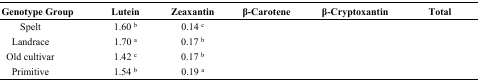
<table><thead><tr><td><b>Genotype Group</b></td><td><b>Lutein</b></td><td><b>Zeaxantin</b></td><td><b>β-Carotene</b></td><td><b>β-Cryptoxantin</b></td><td><b>Total</b></td></tr></thead><tbody><tr><td>Spelt</td><td>1.60 <sup>b</sup></td><td>0.14 <sup>c</sup></td><td>[EMPTY_CELL]</td><td>[EMPTY_CELL]</td><td>[EMPTY_CELL]</td></tr><tr><td>Landrace</td><td>1.70 <sup>a</sup></td><td>0.17 <sup>b</sup></td><td>[EMPTY_CELL]</td><td>[EMPTY_CELL]</td><td>[EMPTY_CELL]</td></tr><tr><td>Old cultivar</td><td>1.42 <sup>c</sup></td><td>0.17 <sup>b</sup></td><td>[EMPTY_CELL]</td><td>[EMPTY_CELL]</td><td>[EMPTY_CELL]</td></tr><tr><td>Primitive</td><td>1.54 <sup>b</sup></td><td>0.19 <sup>a</sup></td><td>[EMPTY_CELL]</td><td>[EMPTY_CELL]</td><td>[EMPTY_CELL]</td></tr></tbody></table>